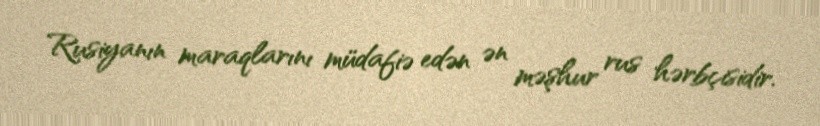
Rusiyanın maraqlarını müdafiə edən ən məşhur rus hərbçisidir.